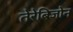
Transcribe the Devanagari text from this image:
तेरेबिजोन